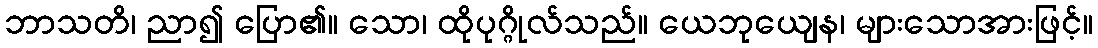
ဘာသတိ၊ ညာ၍ ပြော၏။ သော၊ ထိုပုဂ္ဂိုလ်သည်။ ယေဘုယျေန၊ များသောအားဖြင့်။